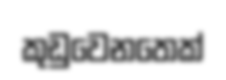
කුඩුවෙනතෙක්